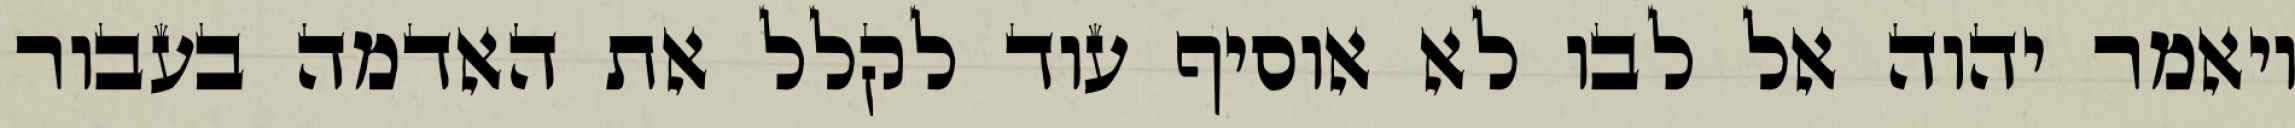
ויאמר יהוה אל לבו לא אוסיף עוד לקלל את האדמה בעבור